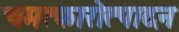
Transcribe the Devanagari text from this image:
चमत्कारोत्पादन